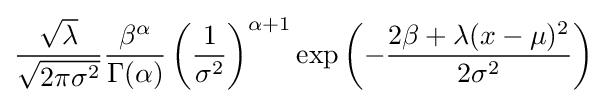
{\frac {\sqrt {\lambda }}{\sqrt {2\pi \sigma ^{2}}}}{\frac {\beta ^{\alpha }}{\Gamma (\alpha )}}\left({\frac {1}{\sigma ^{2}}}\right)^{\alpha +1}\exp \left(-{\frac {2\beta +\lambda (x-\mu )^{2}}{2\sigma ^{2}}}\right)